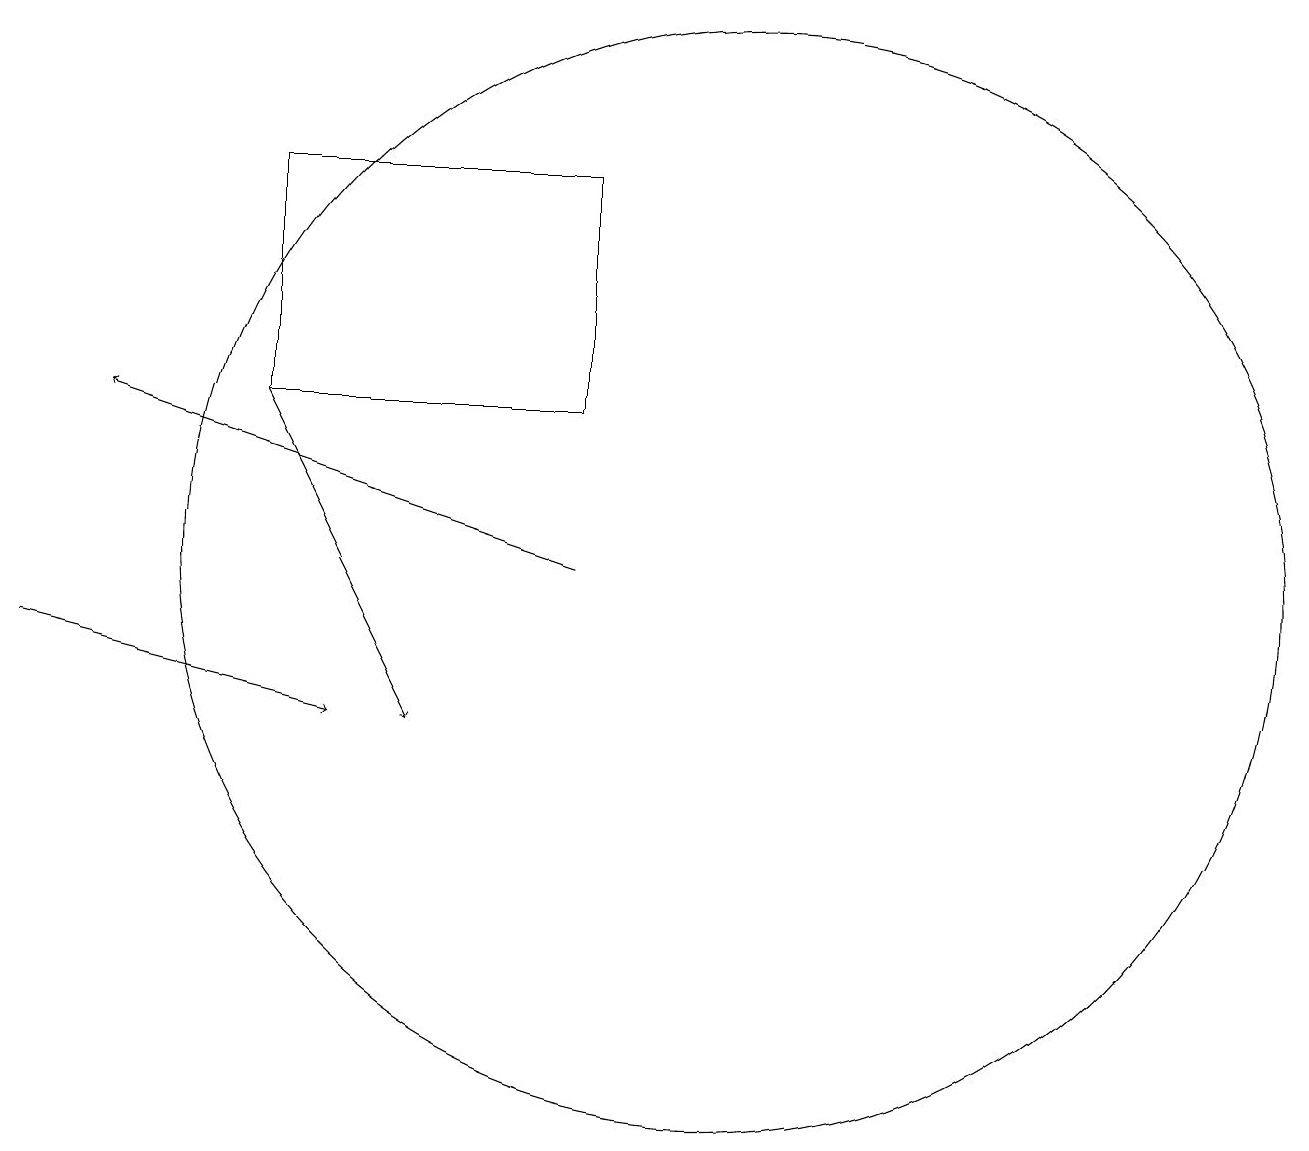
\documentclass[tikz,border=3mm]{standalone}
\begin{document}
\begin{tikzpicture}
\draw (8,14) rectangle (4,17);
\draw[->] (1,11) -- (5,10);
\draw[->] (4,14) -- (6,10);
\draw (10,12) circle (7);
\draw[->] (8,12) -- (2,14);
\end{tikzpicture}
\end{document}